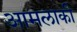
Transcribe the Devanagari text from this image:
आमलाकी